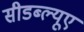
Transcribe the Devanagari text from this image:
सीडब्ल्यूए